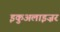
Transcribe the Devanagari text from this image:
इकुअलाइज़र